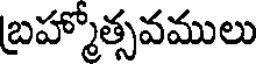
బ్రహ్మోత్సవములు